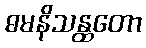
ဓမနိသန္ထတော